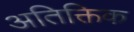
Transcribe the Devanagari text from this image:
अतिक्तिक